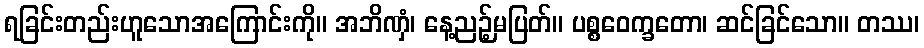
ရခြင်းတည်းဟူသောအကြောင်းကို။ အဘိဏှံ၊ နေ့ညဉ့်မပြတ်။ ပစ္စဝေက္ခတော၊ ဆင်ခြင်သော။ တဿ၊